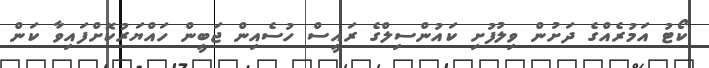
ކޯޓު އަމުރެއްގެ ދަށުން ވިލުފުށި ކައުންސިލްގެ ރައީސް ހުސެއިން ޖަބީން ހައްޔަރުކޮށްފައިވާ ކަން